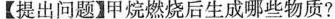
【提出问题】甲烷燃烧后生成哪些物质?